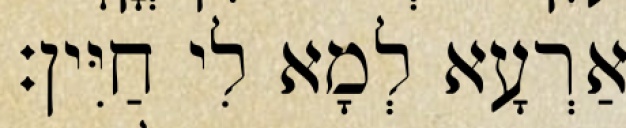
אַרְעָא לְמָא לִי חַיִּין׃